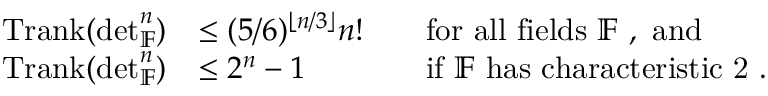
\begin{array} { r l r l } { \operatorname { T r a n k } ( \det _ { \mathbb { F } } ^ { n } ) } & { \leq ( 5 / 6 ) ^ { \lfloor n / 3 \rfloor } n ! } & & { \mathrm { f o r ~ a l l ~ f i e l d s ~ \mathbb { F } ~ , ~ a n d } } \\ { \operatorname { T r a n k } ( \det _ { \mathbb { F } } ^ { n } ) } & { \leq 2 ^ { n } - 1 } & & { \mathrm { i f ~ \mathbb { F } ~ h a s ~ c h a r a c t e r i s t i c ~ 2 ~ . } } \end{array}